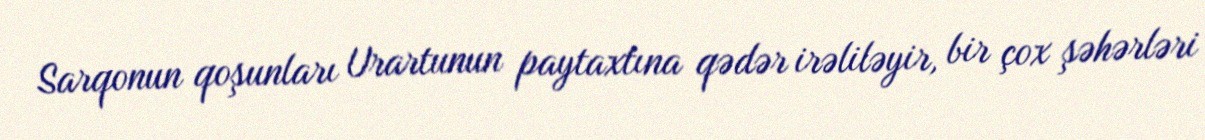
Sarqonun qoşunları Urartunun paytaxtına qədər irəliləyir, bir çox şəhərləri